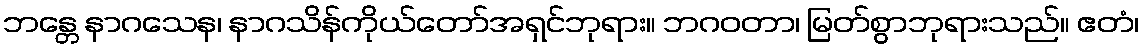
ဘန္တေ နာဂသေန၊ နာဂသိန်ကိုယ်တော်အရှင်ဘုရား။ ဘဂဝတာ၊ မြတ်စွာဘုရားသည်။ ဧတံ၊